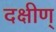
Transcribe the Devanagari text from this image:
दक्षीण्